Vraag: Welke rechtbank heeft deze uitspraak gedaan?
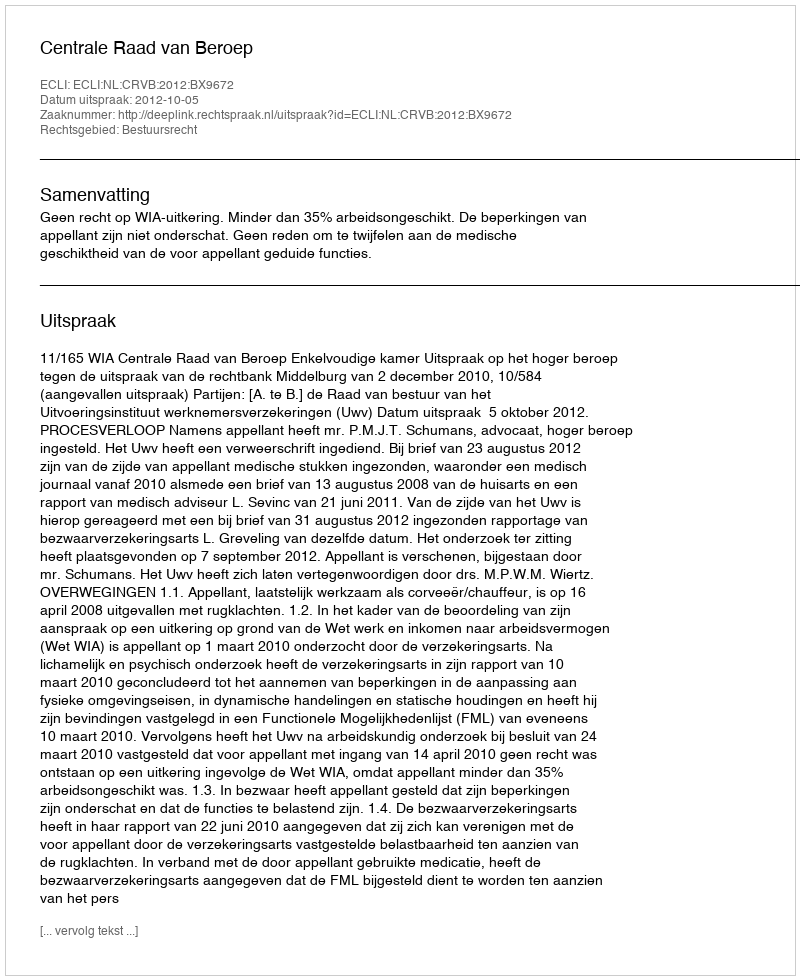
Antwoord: Centrale Raad van Beroep